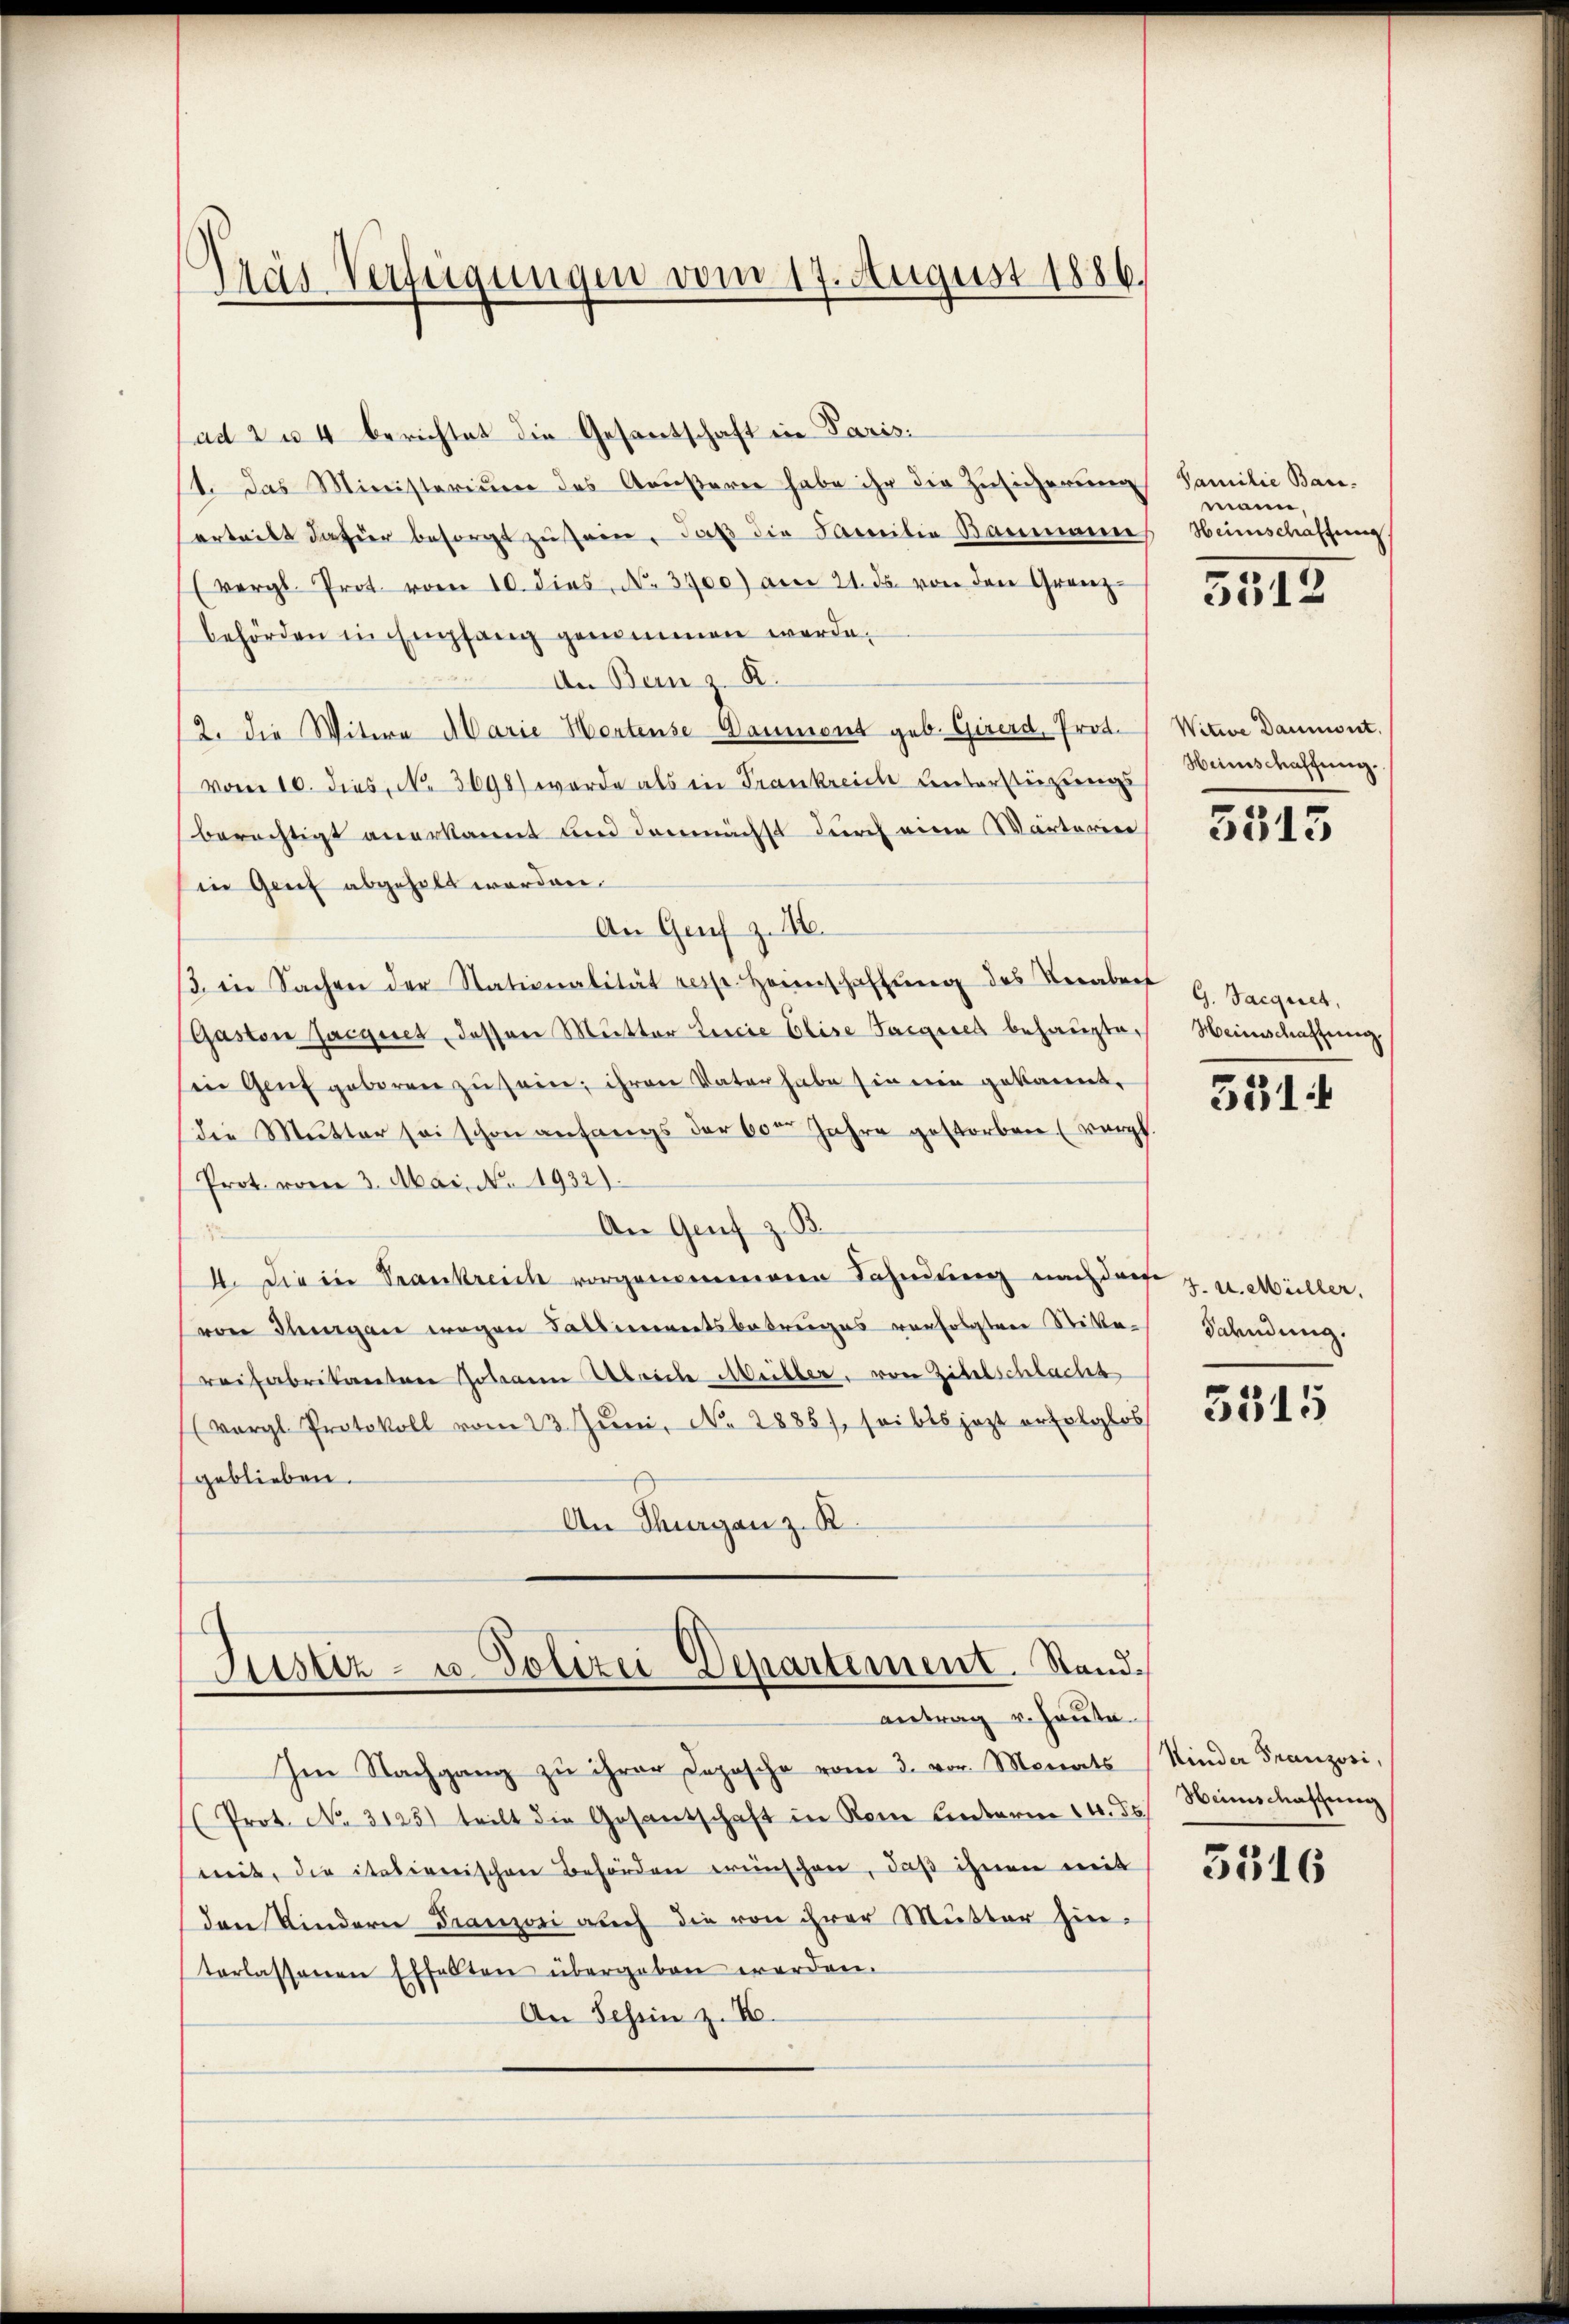
Das Verfügungen vom 17. August 1886.

ad zu 4 berichtet die Gesantschaft in Paris.
1. Das Ministerium des Aeußerer habe ihr die Zusicherung
ertritt dahier besorgt zu sein, daß die Familie Baumann
(vergl. Prot vom 10. dies, N. 3700) am 21. ds. von den Grenz-
behörden in Empfang genommen werde.
An Bern z. R.
2. die Witwe Marie Hortense Daument geb. Girerd, Prot.
vom 10. dies, No. 3698) wurde als in Frankreich unterstüzungsberechtigt anerkannt und demnächst durch eine Warterien
in Genf abgeholt worden.
An Genf z. 16.
β. in Sachen der Nationalität resp. Heimschaffŭng des Veraber G. Sargiret,
(Gaston Jacques, dessen Mutter Lucia Elise Sargies behaupte,
Ein Genf geboren zu sein; ihren Vater habe sie ein gekannt,
die Mutter sei schon anfangs der 60 Jahre gestorben (vergl
Prot. vom 3. Mai. N. 1932).
An Genf z. B.
4. Die in Trankreich vorgenommene Fahndung nach den 2. u. Müller,
von Thurgan wegen Fallereitsbetreiges verfolgten Stite-
reihabitanten Johann Abreiche Meister, von Zitelschlachs
(vergl. Protokoll vom 23. Jŭni, N. 2885), sei bis jezt erfolglos
geblieben.
An Thurgau z. B.

C
Justiz- u. Polizei-Departement. Stand¬

antrag v. Hauta
Im Nachgang zu ihrer Dopische vom 3. vor. Monats
Prot. No. 3125) teilt die Gesantschaft in Rom Unterm 14. ds
mit, die italienischen Behörden wünschen, daß ihnen weit
den Kindern Franzoni auch die von ihrer Mutter hinterlassenen Effelten übergeben werden.
An Tessin z. B.

Familie Baumann,
Heimschaffung

3512

Witwe Daumont.
Weinschaffung.

3515

Heinschaffung.

531

Fahndung.

3515

Kinder Franzosi,
Weinschaffung

3516